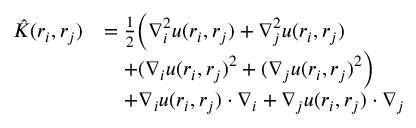
\begin{array} { r l } { \hat { K } ( \boldsymbol { r } _ { i } , \boldsymbol { r } _ { j } ) } & { = \frac { 1 } { 2 } \Big ( \nabla _ { i } ^ { 2 } u ( \boldsymbol { r } _ { i } , \boldsymbol { r } _ { j } ) + \nabla _ { j } ^ { 2 } u ( \boldsymbol { r } _ { i } , \boldsymbol { r } _ { j } ) } \\ & { \quad + ( \boldsymbol { \nabla } _ { i } u ( \boldsymbol { r } _ { i } , \boldsymbol { r } _ { j } ) ^ { 2 } + ( \boldsymbol { \nabla } _ { j } u ( \boldsymbol { r } _ { i } , \boldsymbol { r } _ { j } ) ^ { 2 } \Big ) } \\ & { \quad + \boldsymbol { \nabla } _ { i } u ( \boldsymbol { r } _ { i } , \boldsymbol { r } _ { j } ) \cdot \boldsymbol { \nabla } _ { i } + \boldsymbol { \nabla } _ { j } u ( \boldsymbol { r } _ { i } , \boldsymbol { r } _ { j } ) \cdot \boldsymbol { \nabla } _ { j } } \end{array}